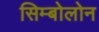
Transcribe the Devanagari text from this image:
सिम्बोलोन